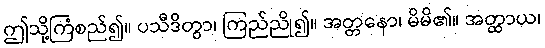
ဤသို့ကြံစည်၍။ ပသီဒိတွာ၊ ကြည်ညို၍။ အတ္တနော၊ မိမိ၏။ အတ္ထာယ၊